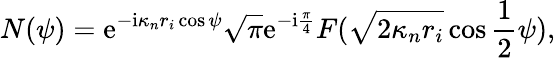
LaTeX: N(\psi)=\mathrm{e}^{-\mathrm{i}\kappa_{n}r_{i}\cos\psi}\sqrt{\pi}\mathrm{e}^{-\mathrm{i}\frac{\pi}{4}}F(\sqrt{2\kappa_{n}r_{i}}\cos\frac{1}{2}\psi),